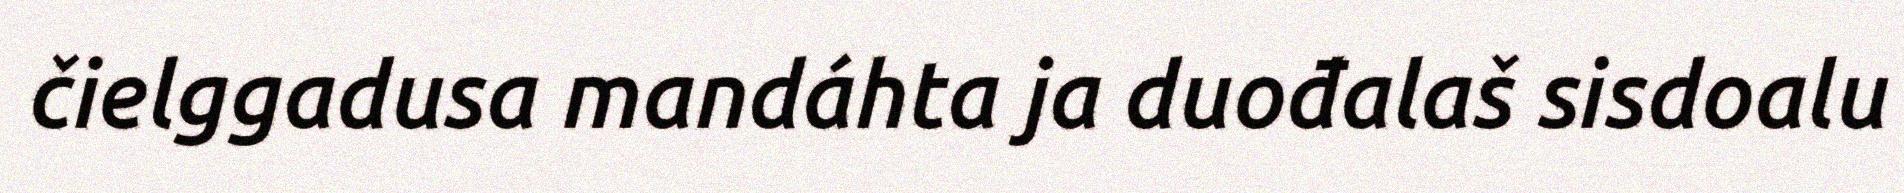
čielggadusa mandáhta ja duođalaš sisdoalu